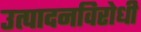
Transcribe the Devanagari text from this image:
उत्पादनविरोधी